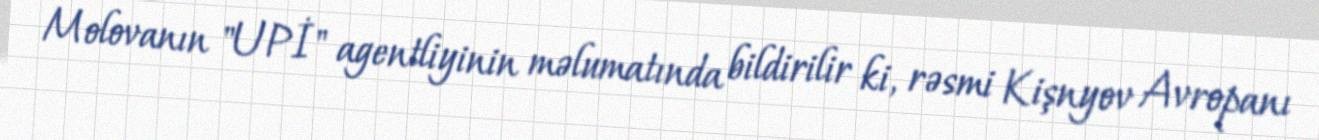
Molovanın "UPİ" agentliyinin məlumatında bildirilir ki, rəsmi Kişnyov Avropanı